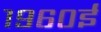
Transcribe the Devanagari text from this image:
१९६०ई